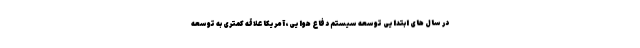
در سال های ابتدایی توسعه سیستم دفاع هوایی، آمریکا علاقه کمتری به توسعه